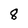
Character: 8